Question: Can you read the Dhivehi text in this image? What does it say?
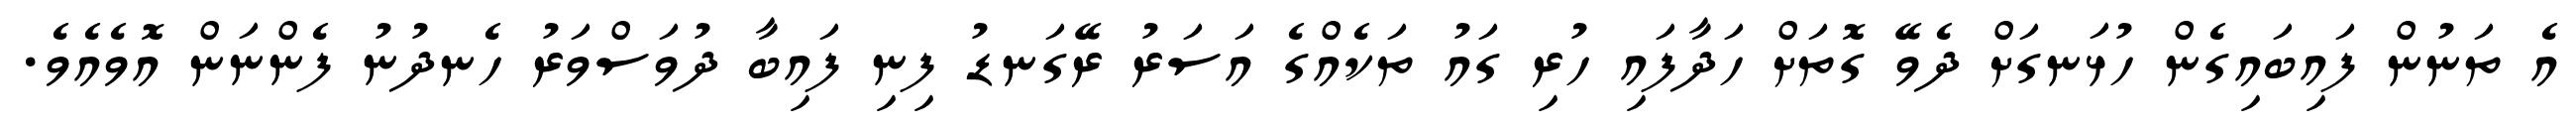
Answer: އެ ތަނުން ފައިބައިގެން ހުޅަނގަށް ދެވޭ ގޮތަށް ހަދާފައި ހުރި ގައު ތަކެއްގެ އަސަރު ރޭގަނޑު ފިނި ފައިބާ ދުވަސްވަރު ހެނދުނު ފެންނަން އޮވެއެވެ.